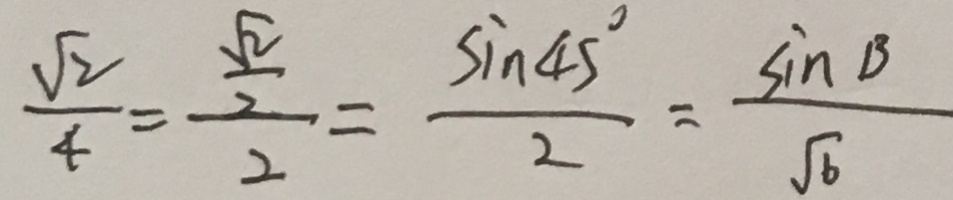
\frac { \sqrt { 2 } } { 4 } = \frac { \frac { \sqrt { 2 } } { 2 } } { 2 } = \frac { \sin 4 5 ^ { \circ } } { 2 } = \frac { \sin B } { \sqrt { 6 } }